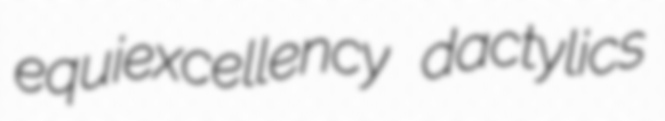
equiexcellency dactylics